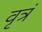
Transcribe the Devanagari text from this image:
वृत्रं